Report of the Indian Hemp Drugs Commission, 1894-1895 - Volume VII
Year: 1894
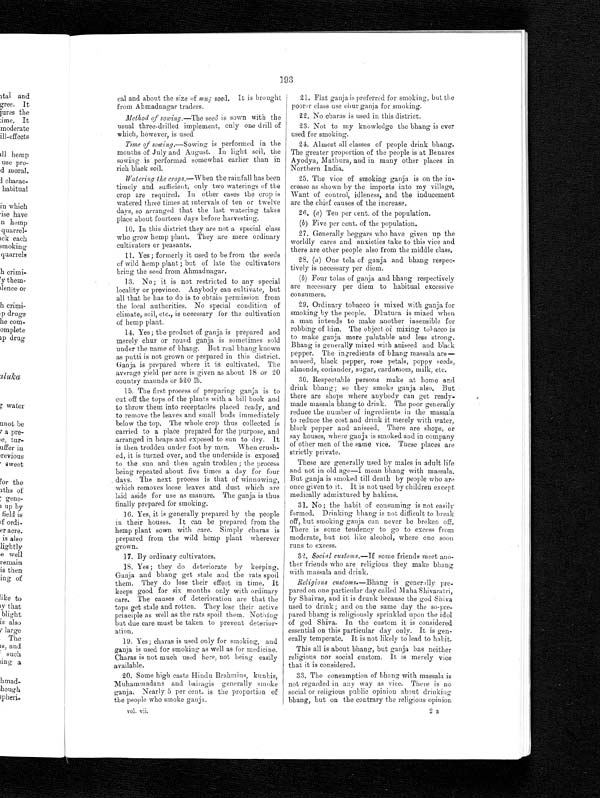
193
cal and about the size of mug seed. It is brought
from Ahmadnagar traders.
Method of sowing.—The seed is sown with the
usual three-drilled implement, only one drill of
which, however, is used
Time of sowing.— Sowing is performed in the
months of July and August. In light soil, the
sowing is performed somewhat earlier than in
rich black soil.
Watering the crops.— When the rainfall has been
timely and sufficient, only two waterings of the
crop are required. In other cases the crop is
watered three times at intervals of ten or twelve
days, so arranged that the last watering takes
place about fourteen days before harvesting.
10. In this district they are not a special class
who grow hemp plant. They are mere ordinary
cultivators or peasants.
11. Yes; formerly it used to be from the seeds
of wild hemp plant; but of late the cultivators
bring the seed from Ahmadnagar.
13. No; it is not restricted to any special
locality or province. Anybody can cultivate, but
all that he has to do is to obtain permission from
the local authorities. No special condition of
climate, soil, etc., is necessary for the cultivation
of hemp plant.
14. Yes; the product of ganja is prepared and
merely chur or round ganja is sometimes sold
under the name of bhang. But real bhang known
as putti is not grown or prepared in this district.
Ganja is prepared where it is cultivated. The
average yield per acre is given as about 18 or 20
country maunds or 520 lb.
15. The first process of preparing ganja is to
cut off the tops of the plants with a bill book and
to throw them into receptacles placed ready, and
to remove the leaves and small buds immediately
below the top. The whole crop thus collected is
carried to a place prepared for the purpose, and
arranged in heaps and exposed to sun to dry. It
is then trodden under foot by men. When crush-
ed, it is turned over, and the underside is exposed
to the sun and then again trodden ; the process
being repeated about five times a day for four
. days. The next process is that of winnowing,
which removes loose leaves and dust which are
laid aside for use as manure. The ganja is thus
finally prepared for smoking.
16. Yes, it is generally prepared by the people
in their houses. It can be prepared from the
hemp plant sown with care. Simply charas is
prepared from the wild hemp plant wherever
grown.
17. By ordinary cultivators.
18. Yes; they do deteriorate by keeping.
Ganja and bhang get stale and the rats spoil
them. They do lose their effect in time. It
keeps good for six months only with ordinary
care. The causes of deterioration are that the
tops get stale and rotten. They lose their active
principle as well as the rats spoil them. Nothing
but due care must be taken to prevent deterior-
ation.
19. Yes; charas is used only for smoking, and
ganja is used for smoking as well as for medicine.
Charas is not much used here, not being easily
available.
20. Some high caste Hindu Brahmins, kunbis,
Muhammadans and bairagis generally smoke
ganja. Nearly 5 per cent. is the proportion of
the people who smoke ganja.
vol. vii.
21. Flat ganja is preferred for smoking, but the
poorer class use chur ganja for smoking.
22. No charas is used in this district.
23. Not to my knowledge the bhang is ever
used for smoking.
24. Almost all classes of people drink bhang.
The greater proportion of the people is at Benares
Ayodya, Mathura, and in many other places in
Northern India.
25. The vice of smoking ganja is on the in-
crease as shown by the imports into my village.
Want of control, idleness, and the inducement
are the chief causes of the increase.
26. (a) Ten per cent. of the population.
(b) Five per cent. of the population.
27. Generally beggars who have given up the
worldly cares and anxieties take to this vice and
there are other people also from the middle class.
28. (a) One tola of ganja and bhang respec-
tively is necessary per diem.
(b) Four tolas of ganja and bhang respectively
are necessary per diem to habitual excessive
consumers.
29. Ordinary tobacco is mixed with ganja for
smoking by the people. Dhatura is mixed when
a man intends to make another insensible for
robbing of him. The object of mixing tobacco is
to make ganja more palatable and less strong.
Bhang is generally mixed with aniseed and black
pepper. The ingredients of bhang massala are—
aniseed, black pepper, rose petals, poppy seeds,
almonds, coriander, sugar, cardamom, milk, etc.
30. Respectable persons make at home and
drink bhang; so they smoke ganja also. But
there are shops where anybody can get ready-
made massala bhang to drink. The poor generally
reduce the number of ingredients in the massala
to reduce the cost and drink it merely with water,
black pepper and aniseed. There are shops, or
say houses, where ganja is smoked and in company
of other men of the same vice. These places are
strictly private.
These are generally used by males in adult life
and not in old age—I mean bhang with massala.
But ganja is smoked till death by people who are
once given to it. It is not used by children except
medically admixtured by hakims.
31. No; the habit of consuming is not easily
formed. Drinking bhang is not difficult to break
off, but smoking ganja can never be broken off.
There is some tendency to go to excess from
moderate, but not like alcohol, where one soon
runs to excess.
32. Social customs,—If some friends meet ano-
ther friends who are religious they make bhang
with massala and drink.
Religious customs.— Bhang is generally pre-
pared on one particular day called Maha Shivaratri,
by Shaivas, and it is drunk because the god Shiva
used to drink; and on the same day the so-pre-
pared bhang is religiously sprinkled upon the idol
of god Shiva. In the custom it is considered
essential on this particular day only. It is gen-
erally temperate. It is not likely to lead to habit.
This all is about bhang, but ganja has neither
religious nor social custom. It is merely vice
that it is considered.
33. The consumption of bhang with massala is
not regarded in any way as vice. There is no
social or religious public opinion about drinking
bhang, but on the contrary the religious opinion
2 E